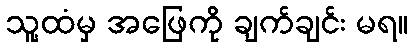
သူ့ထံမှ အဖြေကို ချက်ချင်း မရ။